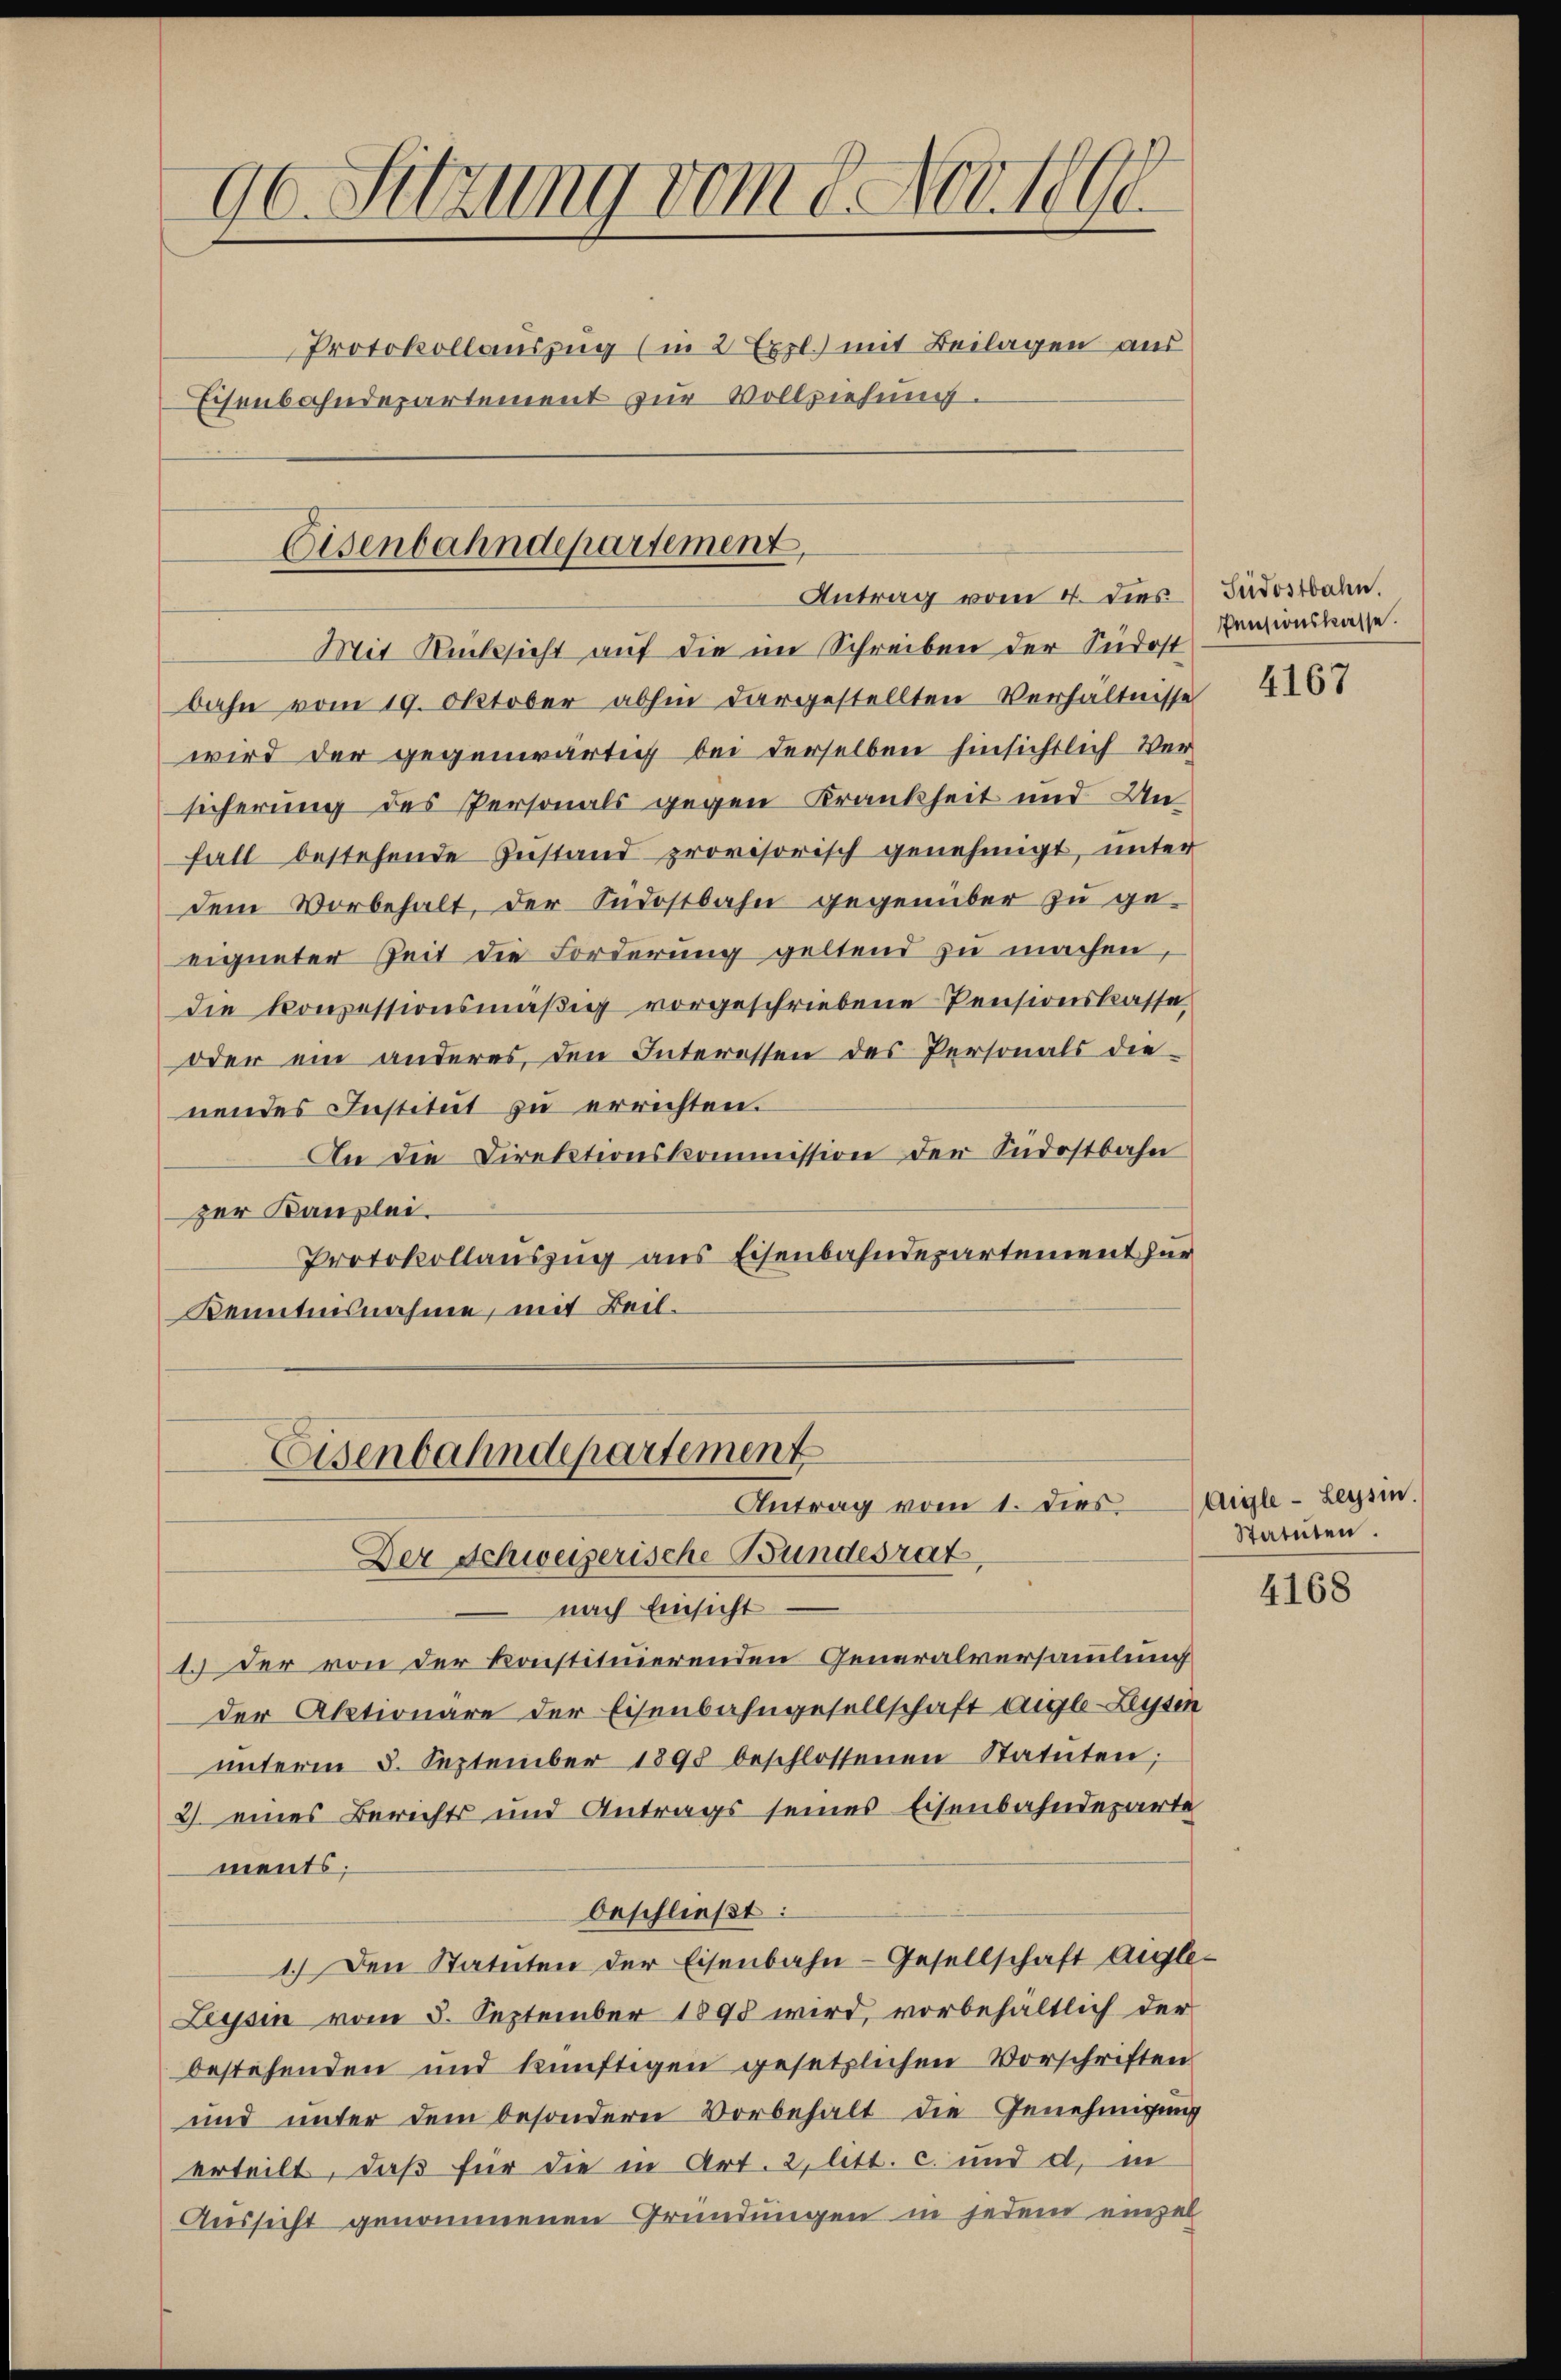
90. Setzung vom 8. Nov. 1890
Protokollauszug (in 2 Expl.) mit Beilagen aus
Eisenbahndepartement zur Vollziehung.

Eisenbahndepartement,
Antrag vom 4. dies Südostbahn.

Eisenbahndepartement
Antrag vom 1. dies
Der Schweizerische Bundesrat

Mit Rücksicht auf die im Schreiben der Südost
bahn vom 19. Oktober abhin dargestellten Verhältnisse
wird der gegenwärtig bei derselben hinsichtlich Versicherung des Personals gegen Krankheit und Unfall bestehende Zustand provisorisch genehmigt, unter
dem Vorbehalt, der Südostbahn gegenüber zu ge-
eigneter Zeit die Forderung geltend zu machen,
die konzessionsmäßig vorgeschriebene Pensionskasse
oder ein anderes, den Interessen des Personals die-
nendes Institut zu errichten.
An die Direktionskommission der Indostbahn
zer Kanzlei.
Protokollauszug aus Eisenbahndepartement zur
Kenntnisnahme, mit Beil¬

nach Einsicht
1. Der von der konstituierenden Generalversammlung
der Aktionäre der Eisenbahngesellschaft Aigle - Leysen
ŭnterm 3. September 1898 beschlossenen Statuten;
2. eines Berichts und Antrags seines Eisenbahndeparte
ments;
beschließt:
1.) Den Statuten der Eisenbahn-Gesellschaft Anle¬
Tessin vom 5. September 1898 wird, vorbehältlich der
bestehenden und künftigen gesetzlichen Vorschriften
und unter dem besondern Vorbehalt die Genehmigung
erteilt, daß für die in Art. 2, litt. c. und d. in
Aussicht genommenen Gründungen in jedem einzel

Pensionskasse.

4167

Aigle - Leysin.
Statuten.

4168